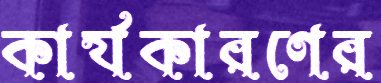
কার্যকারণের